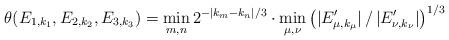
LaTeX: \begin{align*} \theta(E_{1,k_1},E_{2,k_2},E_{3,k_3})= \min_{m,n}2^{-|k_m-k_n|/3}\cdot \min_{\mu,\nu} \big(|E'_{\mu,k_\mu}|\,/\,|E'_{\nu,k_\nu}|\big)^{1/3}\end{align*}